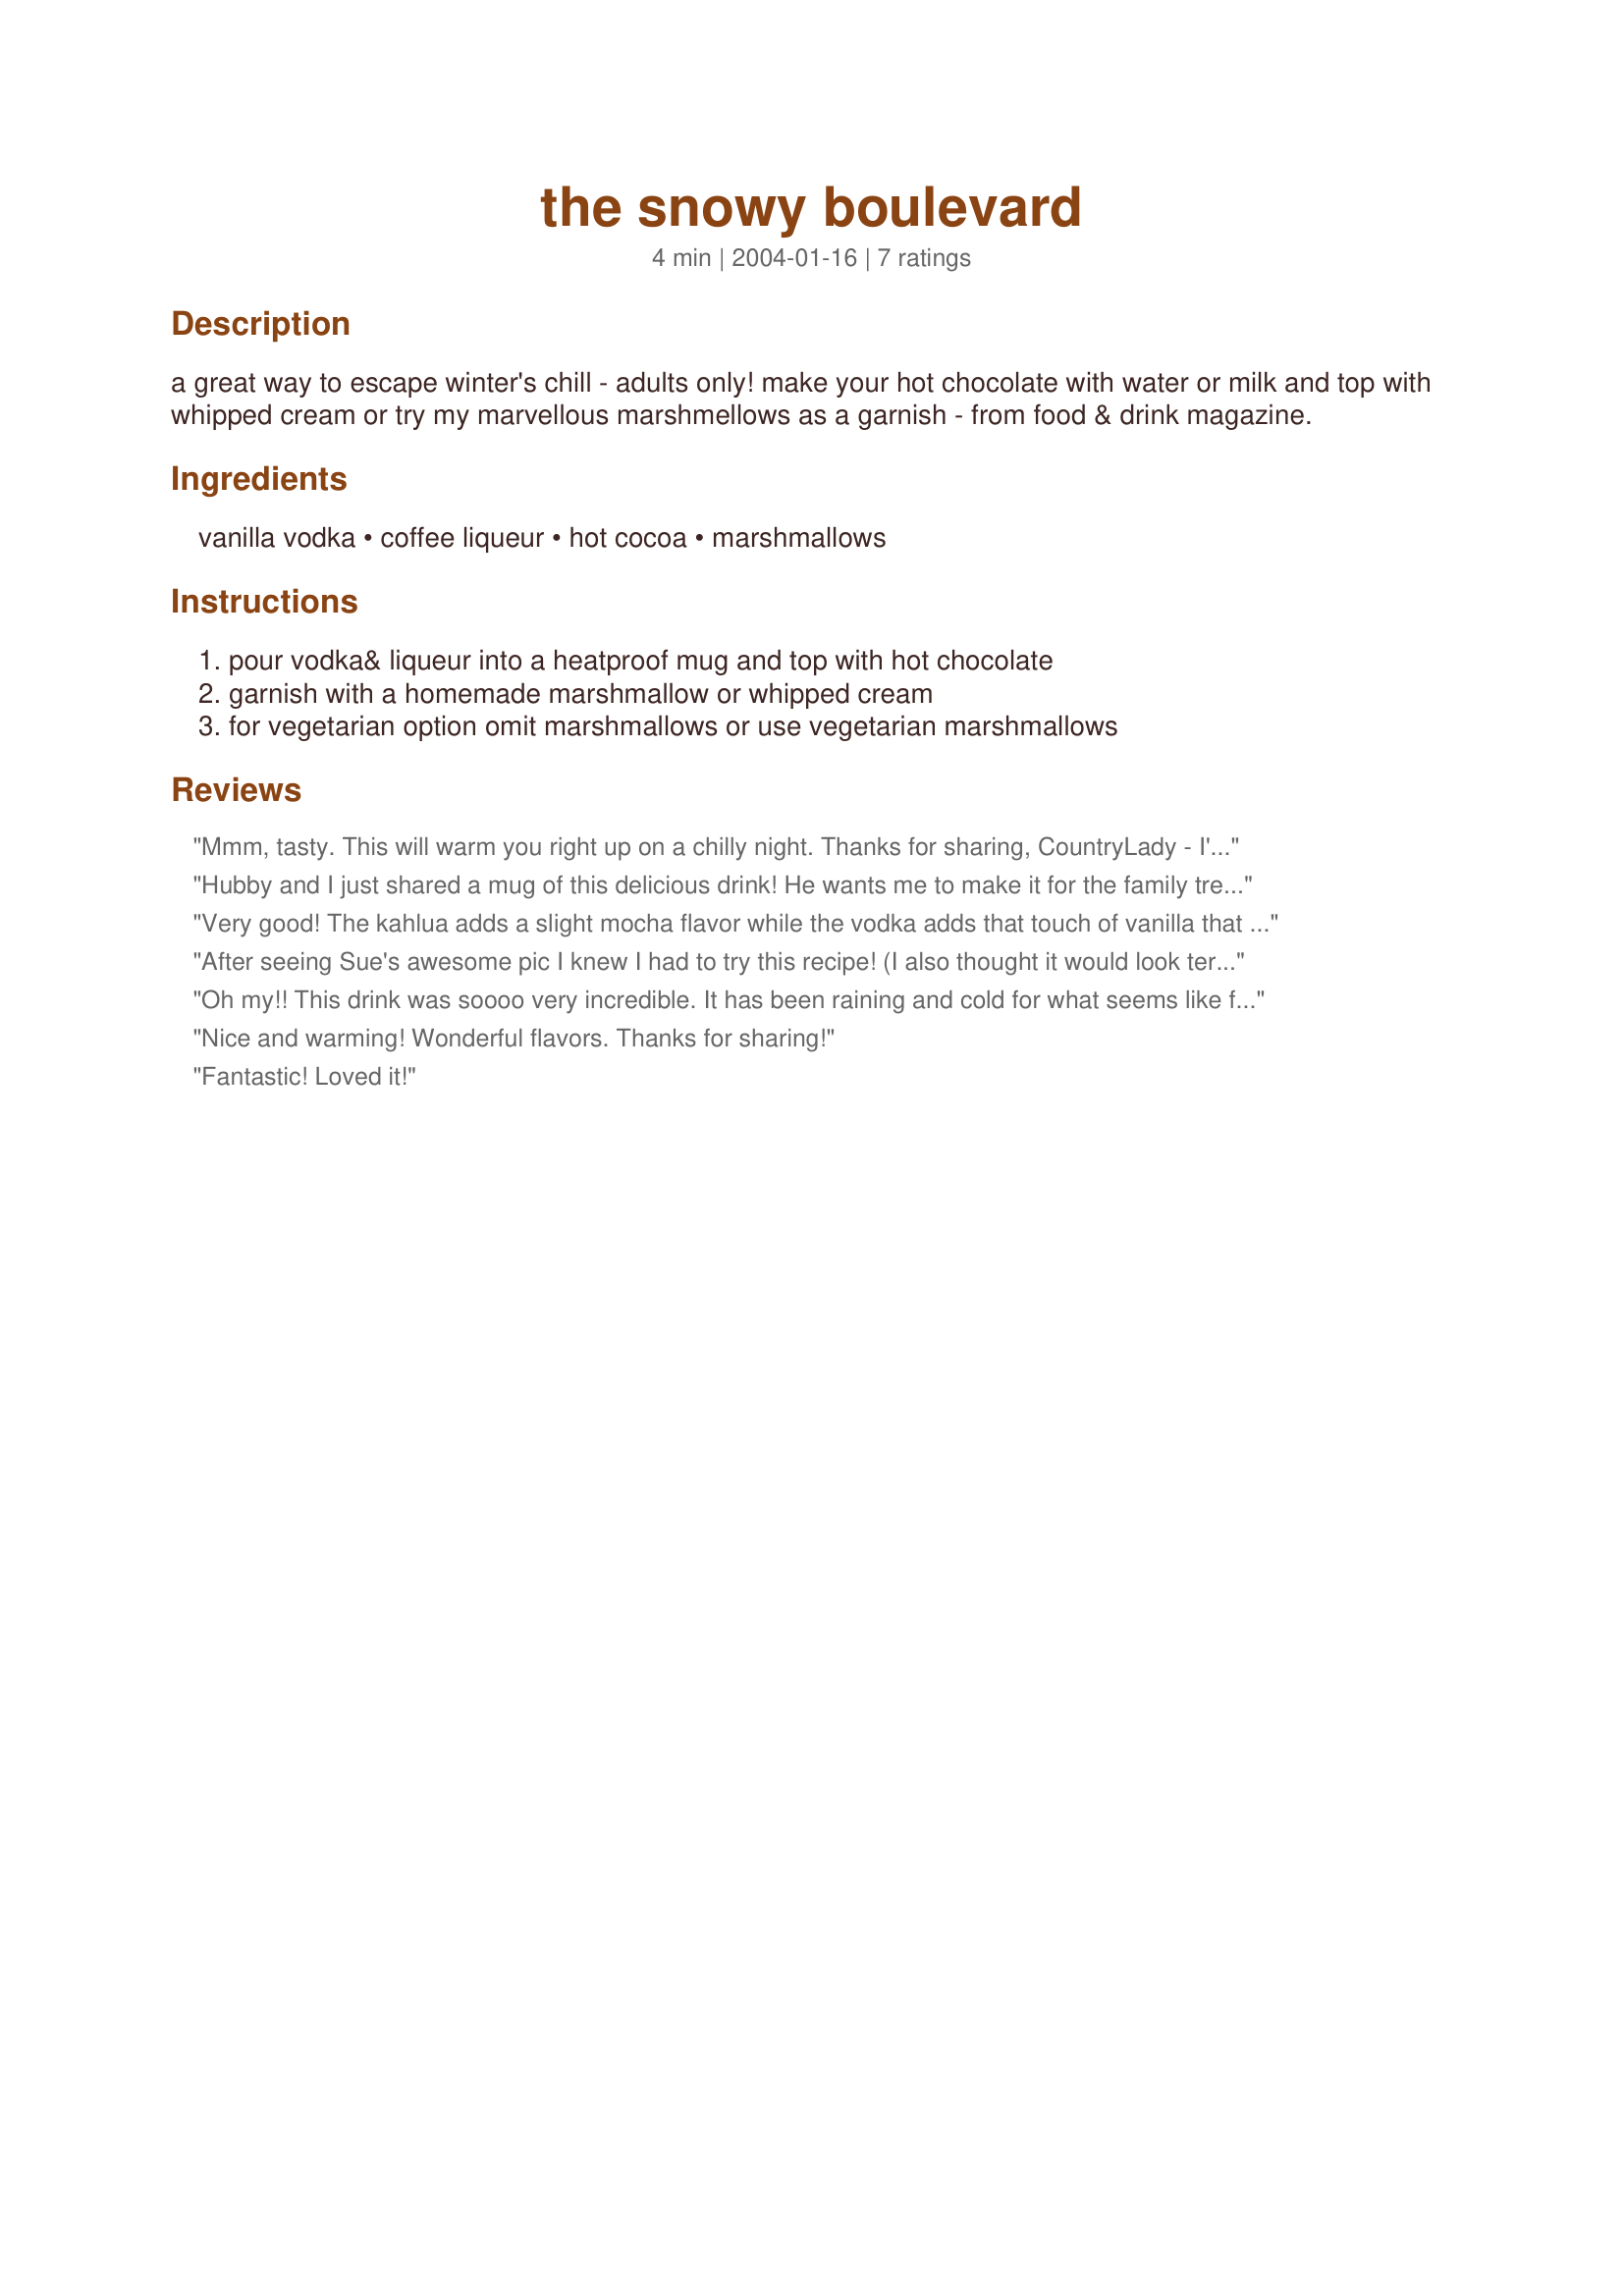
the snowy boulevard
Preparation time: 4 minutes

a great way to escape winter's chill - adults only! make your hot chocolate with water or milk and top with whipped cream or try my marvellous marshmellows as a garnish - from food & drink magazine.

Ingredients:
vanilla vodka, coffee liqueur, hot cocoa, marshmallows

Steps:
pour vodka& liqueur into a heatproof mug and top with hot chocolate, garnish with a homemade marshmallow or whipped cream, for vegetarian option omit marshmallows or use vegetarian marshmallows

Reviews:
Mmm, tasty. This will warm you right up on a chilly night. Thanks for sharing, CountryLady - I'll be making this one again.
Hubby and I just shared a mug of this delicious drink! He wants me to make it for the family tree trimming the day after Thanksgiving because he likes it so much. This is a real winner! Thanks CountryLady!
Very good! The kahlua adds a slight mocha flavor while the vodka adds that touch of vanilla that sets some hot cocoa recipes apart. Goes great with biscotti. Thanks for posting!
After seeing Sue's awesome pic I knew I had to try this recipe! (I also thought it would look terrific in my new snowman glass mugs ;) I didn't have vanilla vodka so I added a bit of vanilla to the hot chocolate, and it still tasted delicious. Thanks for posting this great winter time drink!
Oh my!! This drink was soooo very incredible. It has been raining and cold for what seems like forever. I decided it was time for a private escape. I made this hot drink, drew a hot bubble bath and I was in heaven. Tastes very rich and so relaxing. I garnished with whipped cream but would like to try your homemade marshmallow. Thanks Country Lady.
Nice and warming! Wonderful flavors. Thanks for sharing!
Fantastic! Loved it!
